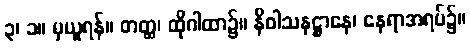
၃၊ ၁။ မှယူရန်။ တတ္ထ၊ ထိုဂါထာ၌။ နိဝါသနဋ္ဌာနေ၊ နေရာအရပ်၌။